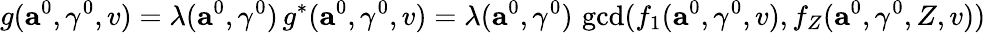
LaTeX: g(\mathbf{a}^{0},\gamma^{0},v)=\lambda(\mathbf{a}^{0},\gamma^{0})\, g^{*}(\mathbf{a}^{0},\gamma^{0},v)=\lambda(\mathbf{a}^{0},\gamma^{0})\, \operatorname*{gcd}(f_{1}(\mathbf{a}^{0},\gamma^{0},v),f_{Z}(\mathbf{a}^{0},\gamma^{0},Z,v))